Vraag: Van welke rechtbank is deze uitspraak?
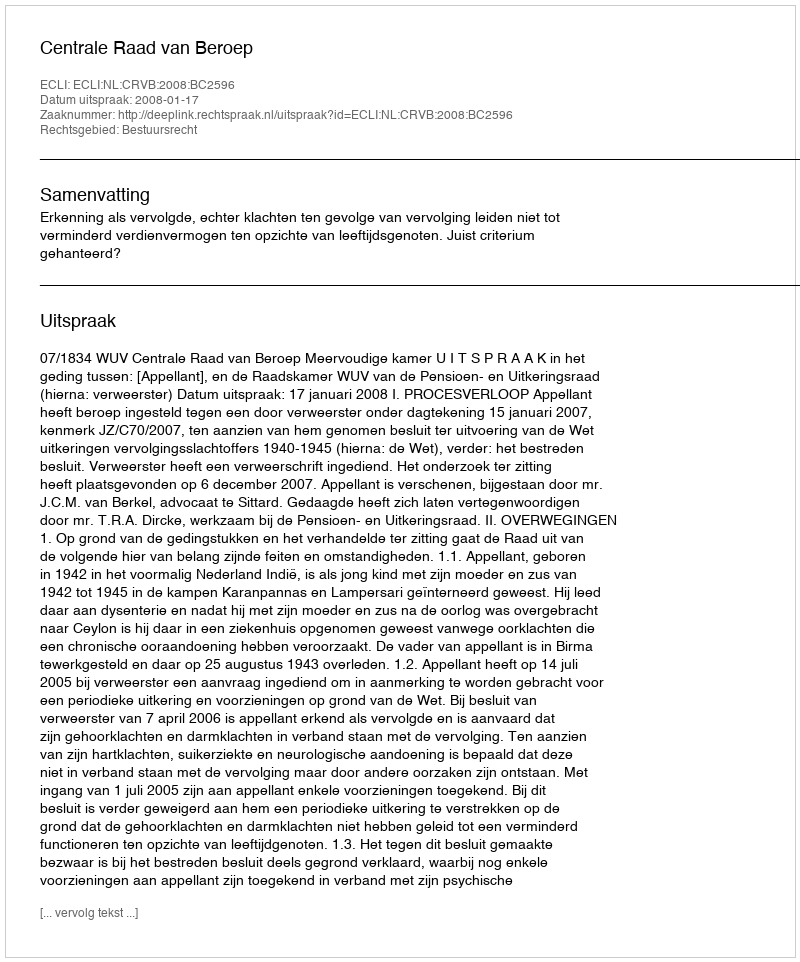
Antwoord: Centrale Raad van Beroep